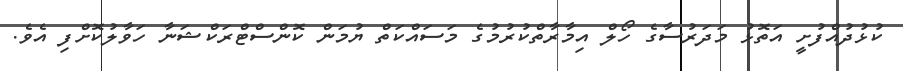
ކުޅުދުއްފުށީ އަތޮޅު މަދަރުސާގެ ހޯލް އިމާރާތްކުރުމުގެ މަސައްކަތް ޔުމަން ކޮންސްޓްރަކްޝަނާ ހަވާލުކޮށްފި އެވެ.